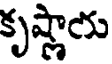
కృష్ణారు